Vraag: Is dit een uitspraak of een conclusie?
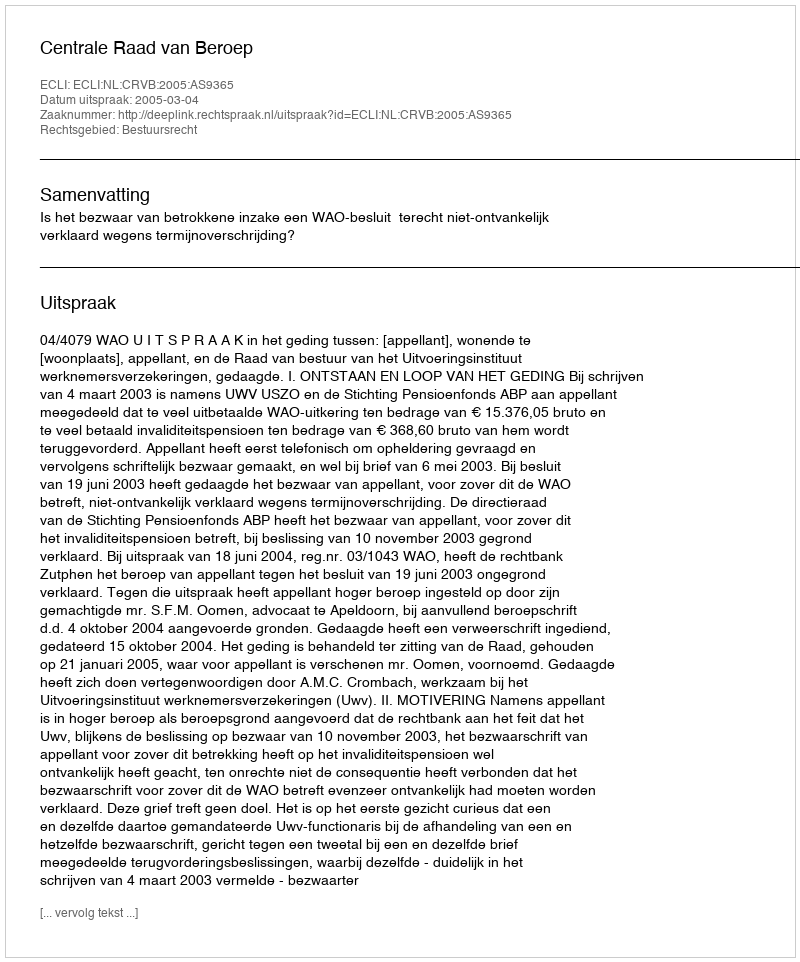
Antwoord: Uitspraak